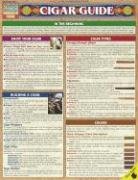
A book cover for Cigar Guide (Quick Reference Guide); Daniel T. Sillence; Humor & Entertainment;